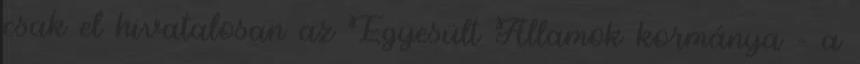
csak el hivatalosan az Egyesült Államok kormánya - a